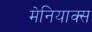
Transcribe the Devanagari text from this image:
मेनियाक्स